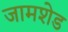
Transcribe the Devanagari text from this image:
जामशेड